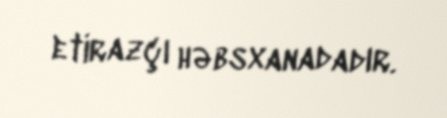
etirazçı həbsxanadadır.